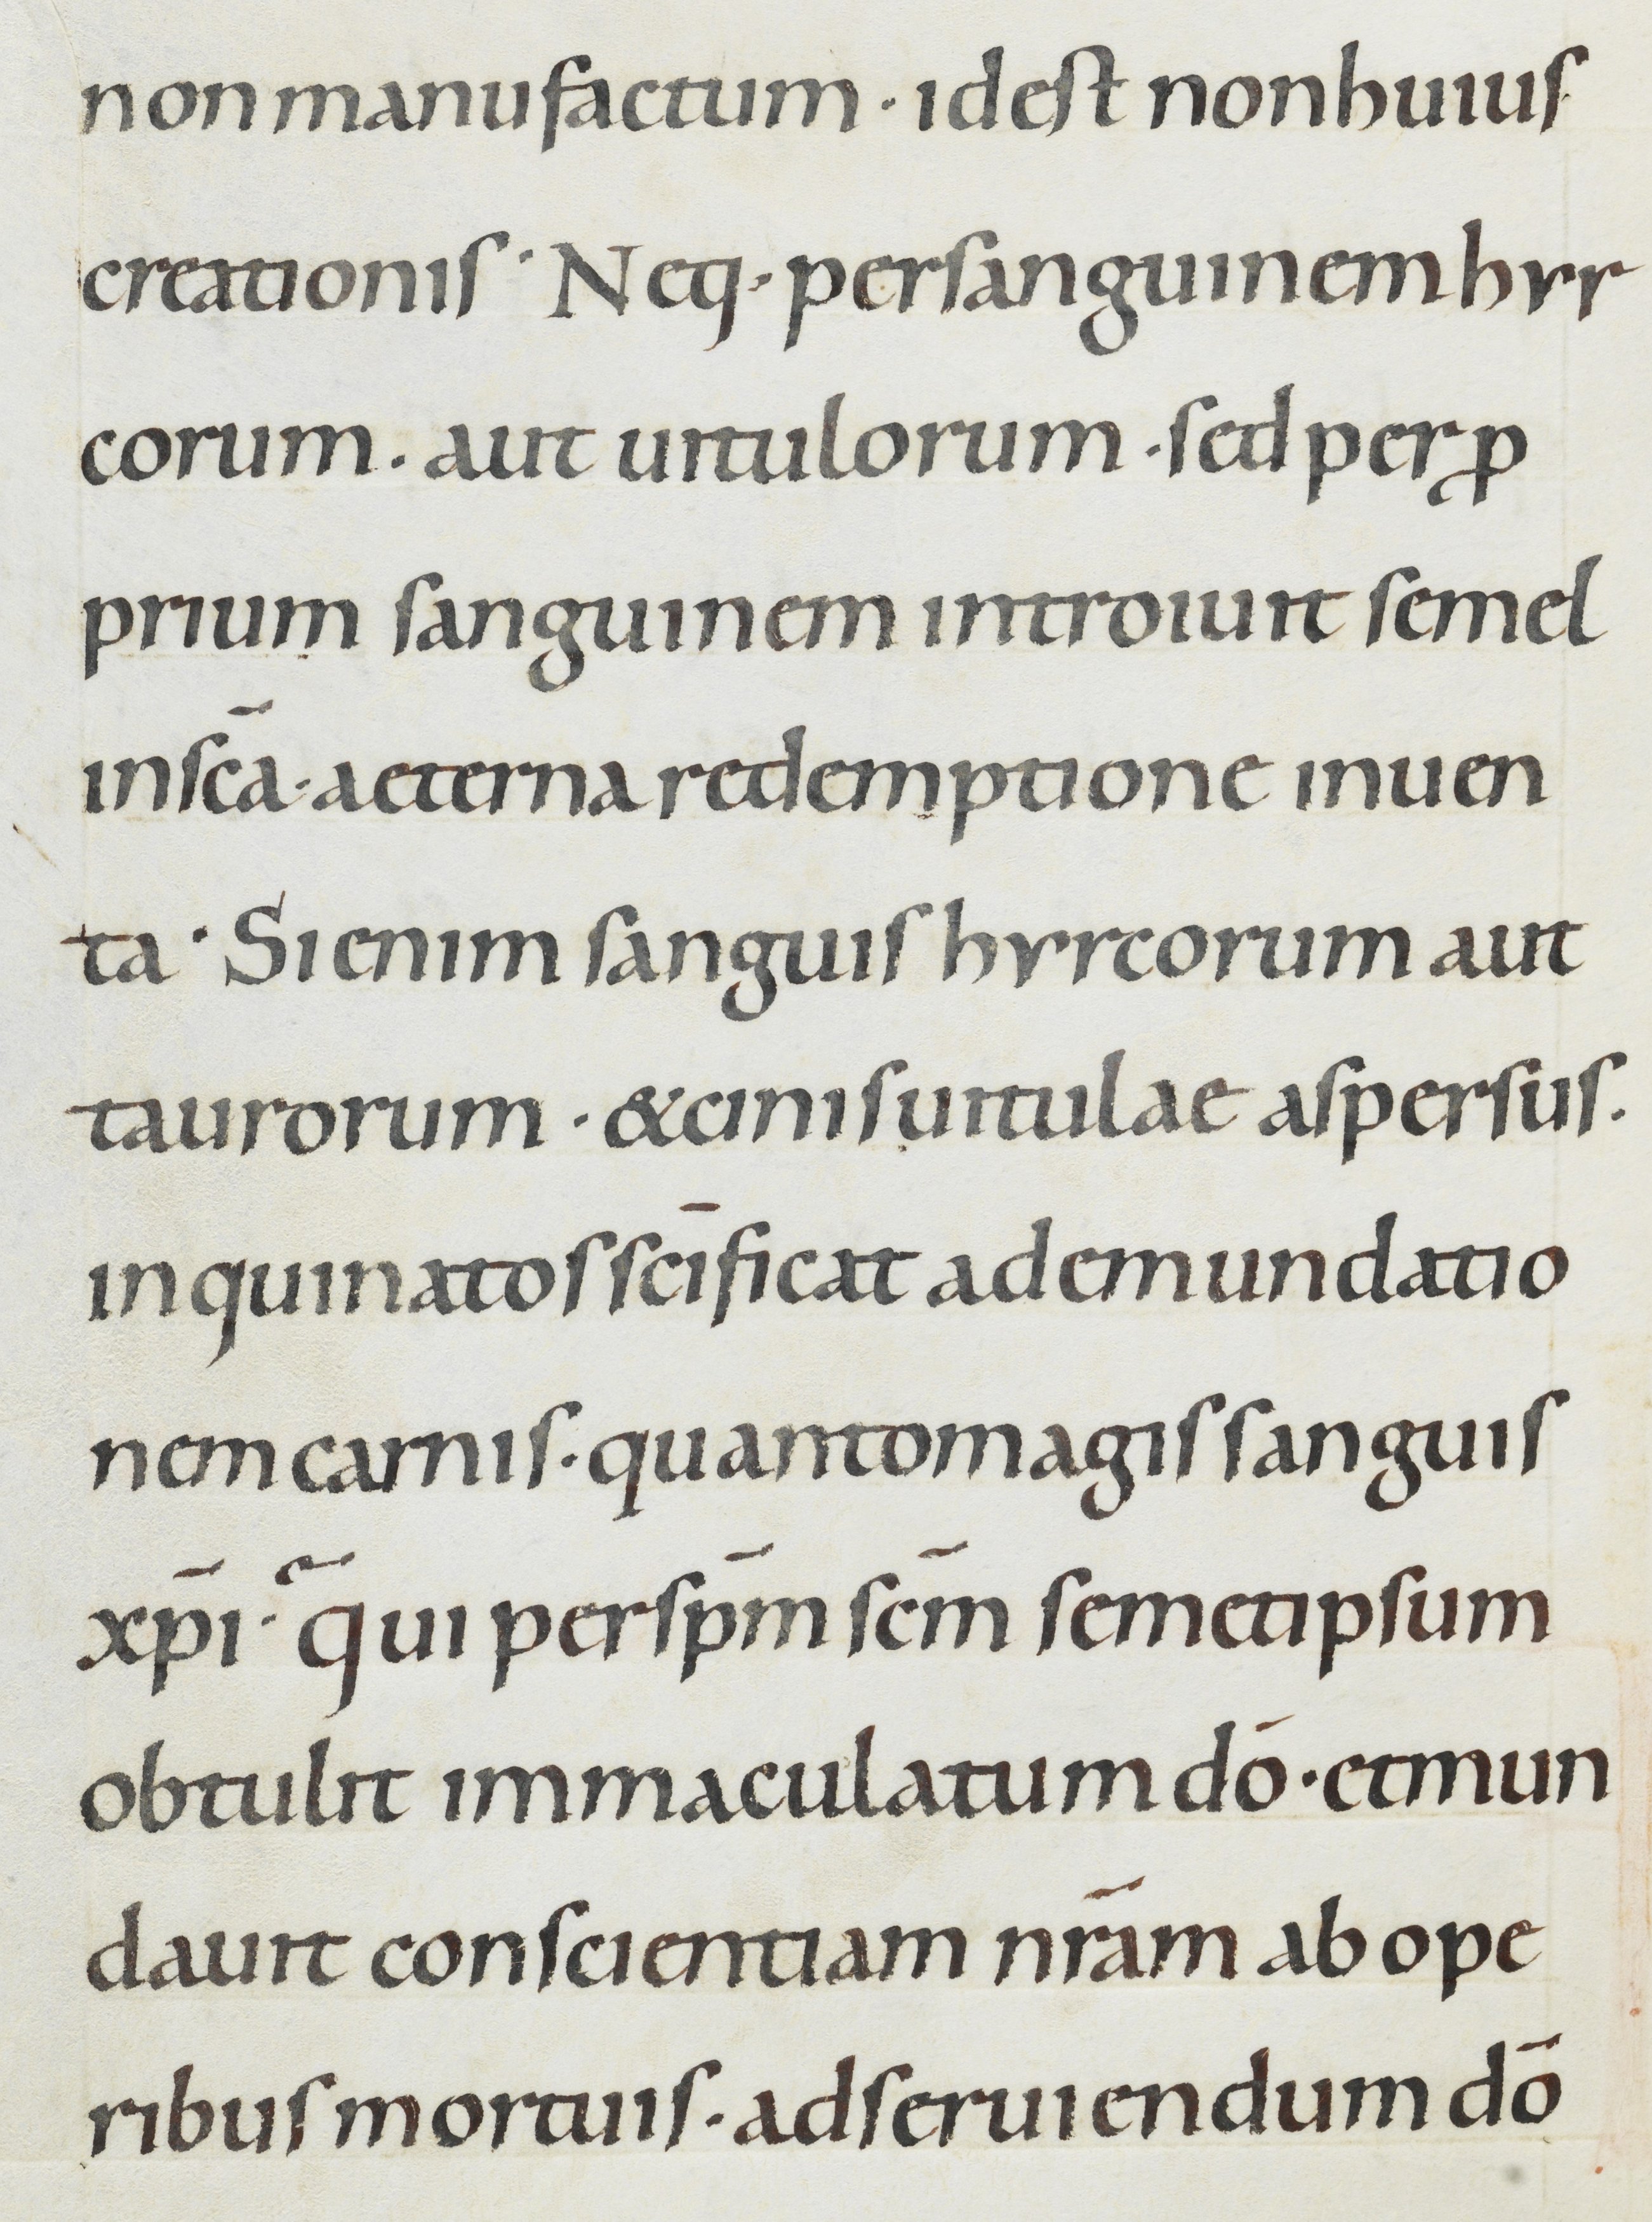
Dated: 1000–1049